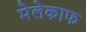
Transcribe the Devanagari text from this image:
मेलेकाफ